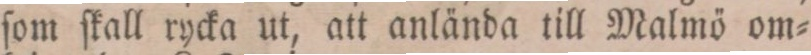
ſom ſkall rycka ut, att anlända till Malmö om=